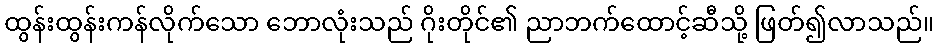
ထွန်းထွန်းကန်လိုက်သော ဘောလုံးသည် ဂိုးတိုင်၏ ညာဘက်ထောင့်ဆီသို့ ဖြတ်၍လာသည်။